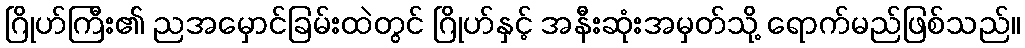
ဂြိုဟ်ကြီး၏ ညအမှောင်ခြမ်းထဲတွင် ဂြိုဟ်နှင့် အနီးဆုံးအမှတ်သို့ ရောက်မည်ဖြစ်သည်။